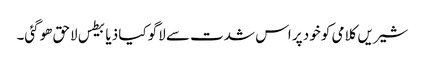
شیریں کلامی کو خود پر اس شدت سے لاگو کیا ذیابیطس لاحق ھوگئی۔